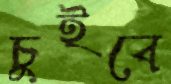
চুইবে